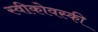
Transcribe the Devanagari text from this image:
स्वीकोवस्की